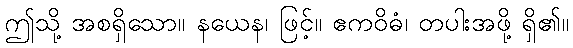
ဤသို့ အစရှိသော။ နယေန၊ ဖြင့်။ ဧကဝိဓံ၊ တပါးအဖို့ ရှိ၏။